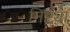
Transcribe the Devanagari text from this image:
निष्ट्या